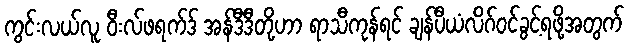
ကွင်းလယ်လူ ဝီးလ်ဖရက်ဒ် အန်ဒီဒီတို့ဟာ ရာသီကုန်ရင် ချန်ပီယံလိဂ်ဝင်ခွင့်ရဖို့အတွက်